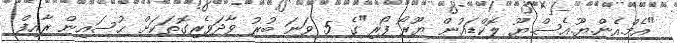
"އެމް.އެން.ޔޫ.އެސް.ޔޫ ލޮކްޑައުން ޔޫރޯ ފޯރި"ގެ 5 ވަނަ ބުރު ވާދަވެރިގޮތަކަށް ޙުސައިން ރާއިފް